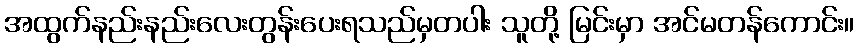
အထွက်နည်းနည်းလေးတွန်းပေးရသည်မှတပါး သူတို့ မြင်းမှာ အင်မတန်ကောင်း။